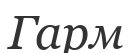
Гарм